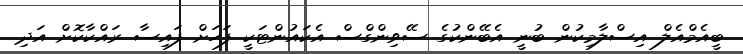
ބީއެމްއެލް އިސްލާމިކުން ބުނީ އެބޭންކުގެ ސޭވިންގްސް އެކައުންޓަކީ ފަހަށް ފައިސާ ރައްކާކޮށް އަދި